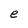
Character: e